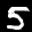
Label: 5